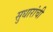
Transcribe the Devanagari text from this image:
सुधारांची